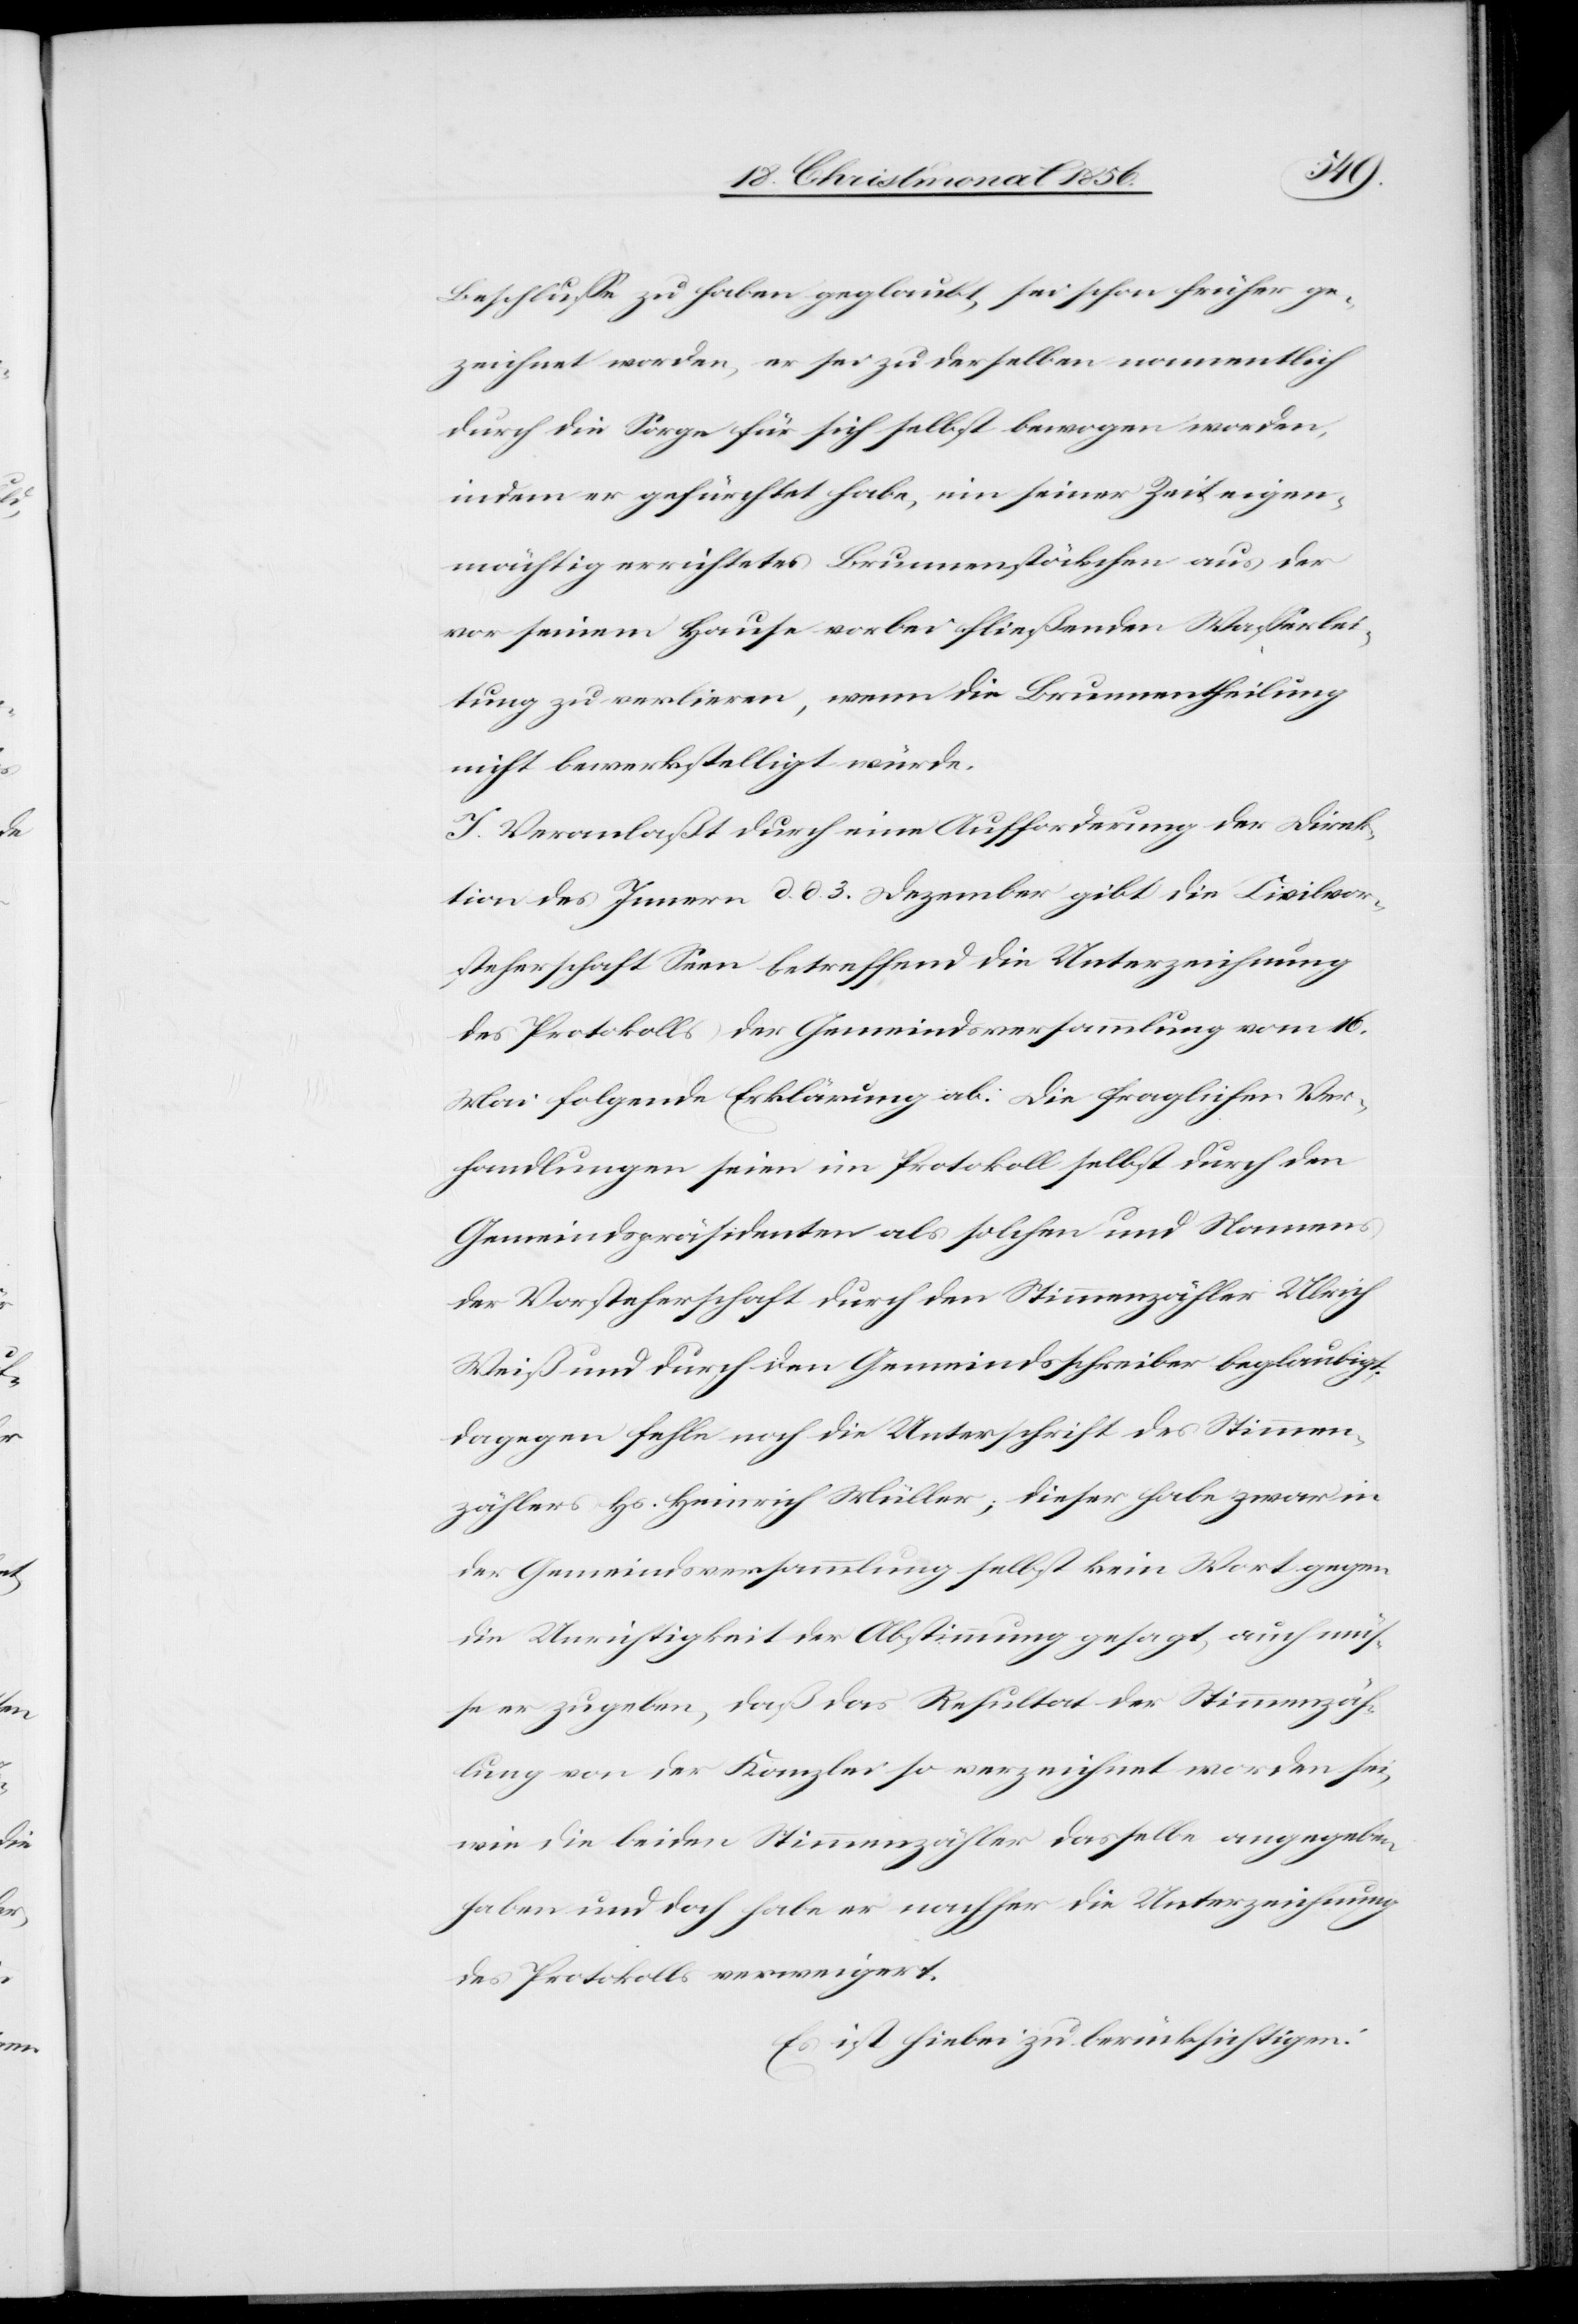
Beschlusse zu haben geglaubt, sei schon früher ge¬
zeichnet worden, er sei zu derselben namentlich
durch die Sorge für sich selbst bewogen worden,
indem er gefürchtet habe, ein seiner Zeit eigen¬
mächtig errichtetes Brunnenstöckchen aus der
vor seinem Hause vorbei fließenden Wasserlei¬
tung zu verlieren, wenn die Brunnentheilung
nicht bewerkstelligt würde.
J. Veranlaßt durch eine Aufforderung der Direk¬
tion des Innern d. d. 3. Dezember gibt die Civilvor¬
steherschaft Seen betreffend die Unterzeichnung
des Protokolls der Gemeindsversammlung vom 16.
Mai folgende Erklärung ab: Die fraglichen Ver¬
handlungen seien im Protokoll selbst durch den
Gemeindspräsidenten als solchen und Namens
der Vorsteherschaft durch den Stimmenzähler Ulrich
Weiß und durch den Gemeindsschreiber beglaubigt;
dagegen fehle noch die Unterschrift des Stimmen¬
zählers Hs. Heinrich Müller; dieser habe zwar in
der Gemeindsversammlung selbst kein Wort gegen
die Unrichtigkeit der Abstimmung gesagt, auch müs¬
se er zugeben, daß das Resultat der Stimmenzäh¬
lung von der Kanzlei so verzeichnet worden sei,
wie die beiden Stimmenzähler dasselbe angegeben
haben und doch habe er nachher die Unterzeichnung
des Protokolls verweigert.
Es ist hiebei zu berücksichtigen: